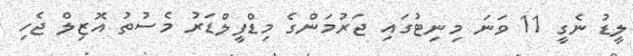
ލީޑު ނެގީ 11 ވަނަ މިނިޓުގައި ޖަރުމަންގެ މިޑްްފީލްޑަރު މެސުތު އޮޒިލް ޖެހި